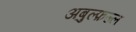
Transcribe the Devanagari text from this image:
अबुल्फ़ज्ल